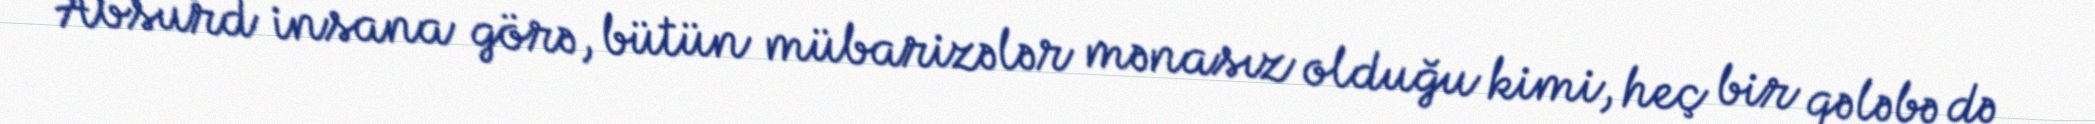
Absurd insana görə, bütün mübarizələr mənasız olduğu kimi, heç bir qələbə də